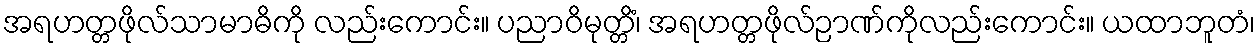
အရဟတ္တဖိုလ်သာမာဓိကို လည်းကောင်း။ ပညာဝိမုတ္တိံ၊ အရဟတ္တဖိုလ်ဉာဏ်ကိုလည်းကောင်း။ ယထာဘူတံ၊